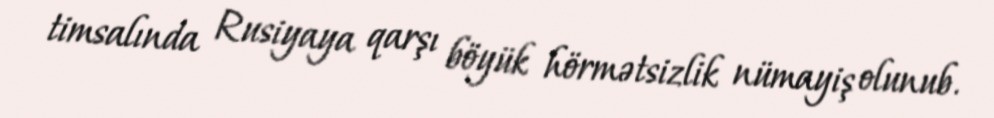
timsalında Rusiyaya qarşı böyük hörmətsizlik nümayiş olunub.